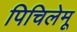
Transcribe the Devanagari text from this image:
पिचिलेमू